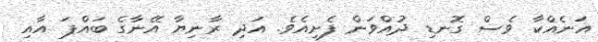
އަނެއްކާ ވެސް ގޮނޑި ދުއްވަން ފެށިއެވެ. އަދި ރާނިޔާ އޭނާގެ ބައްޕަ އާއި